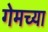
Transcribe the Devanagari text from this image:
गेमच्या